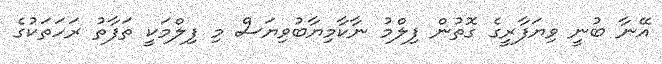
އޭނާ ބުނީ ވިޔަފާރީގެ ގޮތުން ފިލްމު ނާކާމިޔާބުވިޔަސް މި ފިލްމަކީ ތަފާތު ރަހަތަކުގެ